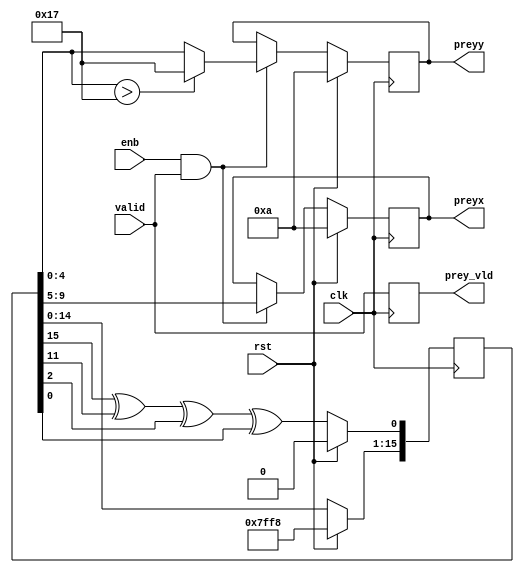
module snake_prey(
    clk,
    rst,
    enb,
    valid,
    preyx,
    preyy,
    prey_vld
);

parameter H_LOGIC_WIDTH     = 5;
parameter V_LOGIC_WIDTH     = 5;
parameter H_LOGIC_MAX       = 5'd31;
parameter V_LOGIC_MAX       = 5'd23;

input clk;
input rst;
input enb;
input valid;
output [H_LOGIC_WIDTH - 1 : 0] preyx;
output [V_LOGIC_WIDTH - 1 : 0] preyy;
output                      prey_vld;

reg init;
reg [15 : 0] random_reg;

always @(posedge clk) begin
    if (rst) begin
        random_reg <= 16'hfff0;
    end
    else begin
        random_reg[0] <= random_reg[15] ^ random_reg[11] ^ random_reg[2] ^ random_reg[0];
        random_reg[15 : 1] <= random_reg[14 : 0];
    end
end

reg [H_LOGIC_WIDTH - 1 : 0] preyx_reg;
reg [V_LOGIC_WIDTH - 1 : 0] preyy_reg;
reg                         prey_vld_reg;
always @(posedge clk) begin
    if (rst) begin
        preyx_reg <= 5'd10;
        preyy_reg <= 5'd10;
    end
    else if (enb & valid) begin
        preyx_reg <= random_reg[H_LOGIC_WIDTH + V_LOGIC_WIDTH - 1 : V_LOGIC_WIDTH];
        preyy_reg <= (random_reg[V_LOGIC_WIDTH - 1 : 0] > V_LOGIC_MAX) ? V_LOGIC_MAX : random_reg[V_LOGIC_WIDTH - 1 : 0];
    end
end

always @(posedge clk) begin
    prey_vld_reg <= valid;
end

assign preyx = preyx_reg;
assign preyy = preyy_reg;
assign prey_vld = prey_vld_reg;

endmodule